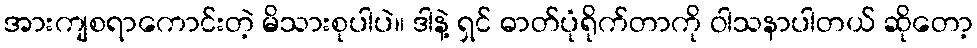
အားကျစရာကောင်းတဲ့ မိသားစုပါပဲ။ ဒါနဲ့ ရှင် ဓာတ်ပုံရိုက်တာကို ဝါသနာပါတယ် ဆိုတော့